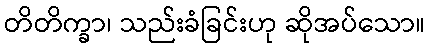
တိတိက္ခာ၊ သည်းခံခြင်းဟု ဆိုအပ်သော။